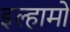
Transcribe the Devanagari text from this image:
इल्हामो